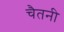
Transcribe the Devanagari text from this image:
चैतनी